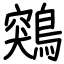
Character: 鶟